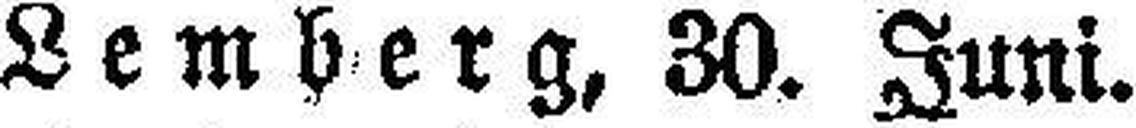
Lemberg, 30. Juni.